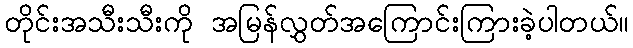
တိုင်းအသီးသီးကို အမြန်လွှတ်အကြောင်းကြားခဲ့ပါတယ်။